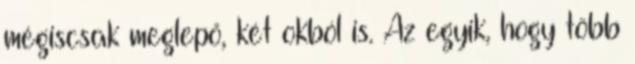
mégiscsak meglepő, két okból is. Az egyik, hogy több